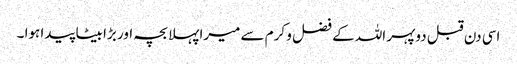
اسی دن قبل دوپہر اللہ کے فضل و کرم سے میرا پہلا بچہ اور بڑا بیٹا پیدا ہوا ۔